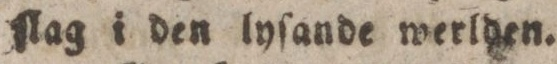
ſlag i den lyſande werlden.